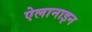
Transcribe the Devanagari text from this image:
ऐलानाइन